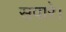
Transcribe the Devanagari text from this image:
सपारे।